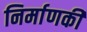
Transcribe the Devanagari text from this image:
निर्माणकी